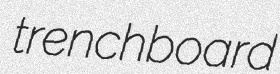
trenchboard